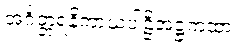
အင်္ဂတ္တရနိကာယပါဠိအဋ္ဌကထာ